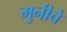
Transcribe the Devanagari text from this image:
मुनीचे